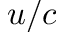
u / c